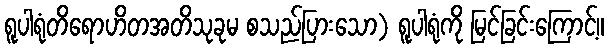
ရူပါရုံတိရောဟိတအတိသုခုမ စသည်ပြားသော) ရူပါရုံကို မြင်ခြင်းကြောင့်။